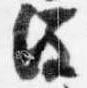
注